Malaria in India - Number 2
Disease focus: Malaria
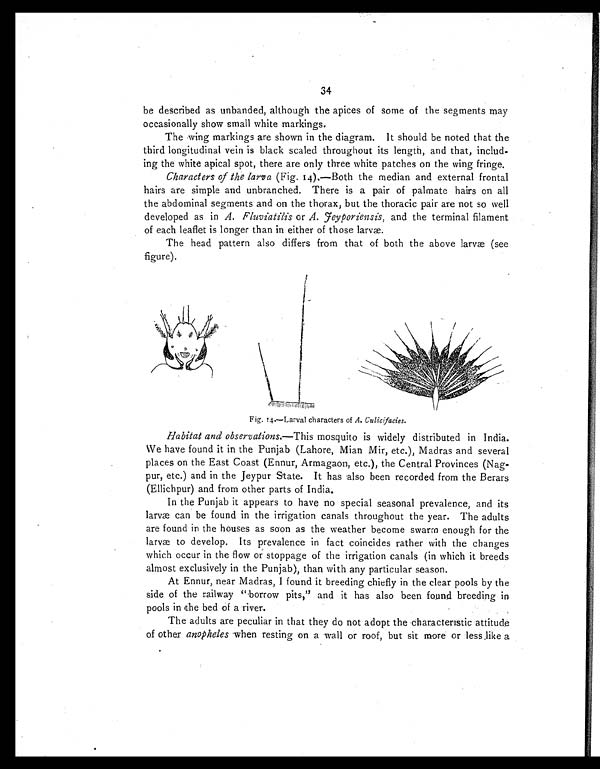
34
be described as unbanded, although the apices of some of the segments may
occasionally show small white markings.
The wing markings are shown in the diagram. It should be noted that the
third longitudinal vein is black scaled throughout its length, and that, includ
- i n g t h e w h i t e a p i c a l s p o t , t h e r e a r e o n l y t h r e e w h i t e p a t c h e s o n t h e w i n g f r i n g e .
Characters of the larva (Fig. 14).—Both the median and external frontal
hairs are simple and unbranched. There is a pair of palmate hairs on all
the abdominal segments and on the thorax, but the thoracic pair are not so well
developed as in A. Fluviatilis or A. Feyporiensis, and the terminal filament
of each leaflet is longer than in either of those larvæ.
The head pattern also differs from that of both the above larvæ (see
figure).
Fig. 14.—Larval characters of A. Culicifacies.
Habitat and observations.—This mosquito is widely distributed in India.
We have found it in the Punjab (Lahore, Mian Mir, etc.), Madras and several
places on the East Coast (Ennur, Armagaon, etc.), the Central Provinces (Nag--
pur, etc.) and in the Jeypur State. It has also been recorded from the Berars
(Ellichpur) and from other parts of India.
In the Punjab it appears to have no special seasonal prevalence, and its
larvæ can be found in the irrigation canals throughout the year. The adults
are found in the houses as soon as the weather become swarm enough for the
larvæ to develop. Its prevalence in fact coincides rather with the changes
which occur in the flow or stoppage of the irrigation canals (in which it breeds
almost exclusively in the Punjab), than with any particular season.
At Ennur, near Madras, I found it breeding chiefly in the clear pools by the
side of the railway "borrow pits," and it has also been found breeding in
pools in the bed of a river.
The adults are peculiar in that they do not adopt the characteristic attitude
of other anopheles when resting on a wall or roof, but sit more or less like a